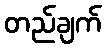
တည်ချက်